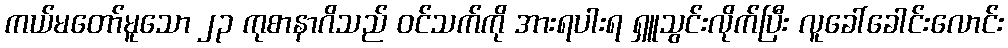
ကယ်မတော်မူသော ၂၃ ကုစာနာဂိသည် ဝင်သက်ကို အားရပါးရ ရှူသွင်းလိုက်ပြီး လူခေါ်ခေါင်းလောင်း